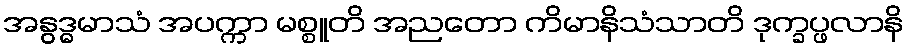
အနွဒ္ဓမာသံ အပက္ကာ မစ္စူတိ အညတော ကိမာနိသံသာတိ ဒုက္ခပ္ဖလာနိ